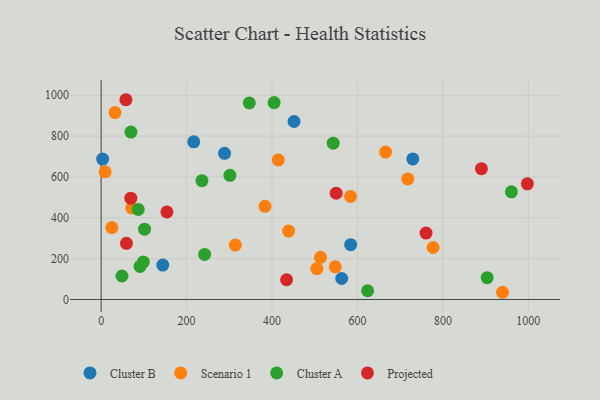
{"axis": {"x": "Experience", "y": "Salary"}, "legend": ["Cluster A", "Cluster B", "Projected", "Scenario 1"], "data": [{"x": "288.9", "y": 715.3, "type": "Cluster B"}, {"x": "563.2", "y": 102.8, "type": "Cluster B"}, {"x": "3.5", "y": 687.4, "type": "Cluster B"}, {"x": "584.1", "y": 268.4, "type": "Cluster B"}, {"x": "216.8", "y": 771.5, "type": "Cluster B"}, {"x": "451.6", "y": 871.2, "type": "Cluster B"}, {"x": "144.3", "y": 168.4, "type": "Cluster B"}, {"x": "729.6", "y": 688.0, "type": "Cluster B"}, {"x": "777.1", "y": 254.4, "type": "Scenario 1"}, {"x": "438.9", "y": 334.8, "type": "Scenario 1"}, {"x": "71.7", "y": 448.4, "type": "Scenario 1"}, {"x": "665.9", "y": 721.4, "type": "Scenario 1"}, {"x": "717.7", "y": 590.3, "type": "Scenario 1"}, {"x": "583.8", "y": 504.1, "type": "Scenario 1"}, {"x": "32.5", "y": 914.9, "type": "Scenario 1"}, {"x": "25.2", "y": 351.9, "type": "Scenario 1"}, {"x": "314.1", "y": 266.1, "type": "Scenario 1"}, {"x": "505.1", "y": 150.9, "type": "Scenario 1"}, {"x": "548.1", "y": 160.0, "type": "Scenario 1"}, {"x": "383.6", "y": 456.1, "type": "Scenario 1"}, {"x": "414.7", "y": 683.3, "type": "Scenario 1"}, {"x": "939.6", "y": 35.3, "type": "Scenario 1"}, {"x": "513.5", "y": 206.3, "type": "Scenario 1"}, {"x": "9.4", "y": 624.8, "type": "Scenario 1"}, {"x": "301.4", "y": 607.8, "type": "Cluster A"}, {"x": "236.0", "y": 581.8, "type": "Cluster A"}, {"x": "346.9", "y": 962.2, "type": "Cluster A"}, {"x": "960.4", "y": 527.2, "type": "Cluster A"}, {"x": "69.8", "y": 819.3, "type": "Cluster A"}, {"x": "48.8", "y": 115.0, "type": "Cluster A"}, {"x": "101.7", "y": 344.0, "type": "Cluster A"}, {"x": "404.9", "y": 963.7, "type": "Cluster A"}, {"x": "903.7", "y": 107.0, "type": "Cluster A"}, {"x": "242.2", "y": 220.6, "type": "Cluster A"}, {"x": "623.8", "y": 42.8, "type": "Cluster A"}, {"x": "91.0", "y": 161.7, "type": "Cluster A"}, {"x": "543.3", "y": 765.2, "type": "Cluster A"}, {"x": "86.8", "y": 441.0, "type": "Cluster A"}, {"x": "98.8", "y": 183.4, "type": "Cluster A"}, {"x": "997.8", "y": 566.0, "type": "Projected"}, {"x": "550.2", "y": 520.5, "type": "Projected"}, {"x": "58.0", "y": 977.8, "type": "Projected"}, {"x": "59.3", "y": 275.0, "type": "Projected"}, {"x": "69.4", "y": 495.9, "type": "Projected"}, {"x": "760.6", "y": 325.1, "type": "Projected"}, {"x": "890.2", "y": 640.4, "type": "Projected"}, {"x": "154.0", "y": 428.5, "type": "Projected"}, {"x": "434.1", "y": 96.7, "type": "Projected"}]}